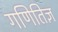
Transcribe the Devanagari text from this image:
गणितिज्ञ